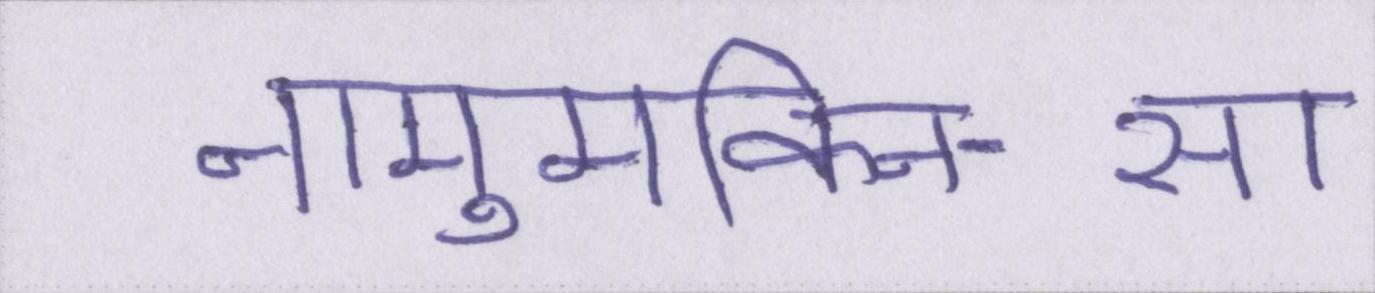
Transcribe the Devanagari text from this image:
नामुमकिन-सा